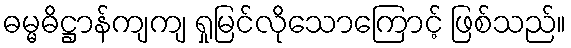
ဓမ္မဓိဋ္ဌာန်ကျကျ ရှုမြင်လိုသောကြောင့် ဖြစ်သည်။